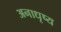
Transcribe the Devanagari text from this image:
अनाधृष्य